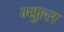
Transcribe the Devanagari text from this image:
म्युल्स